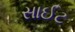
સાઈટ